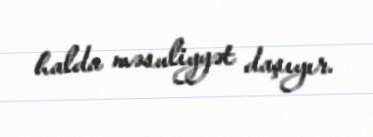
halda məsuliyyət daşıyır.